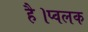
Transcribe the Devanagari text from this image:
है।प्वलक